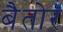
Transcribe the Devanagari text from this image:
बैतोर